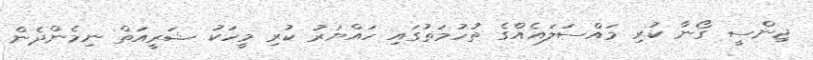
ޖިންސީ ގޯނާ ކުރި މައްސަލައެއްގެ ތުހުމަތުގައި ހައްޔަރު ކުރި މީހަކު ޝަރީއަތް ނިމެންދެން